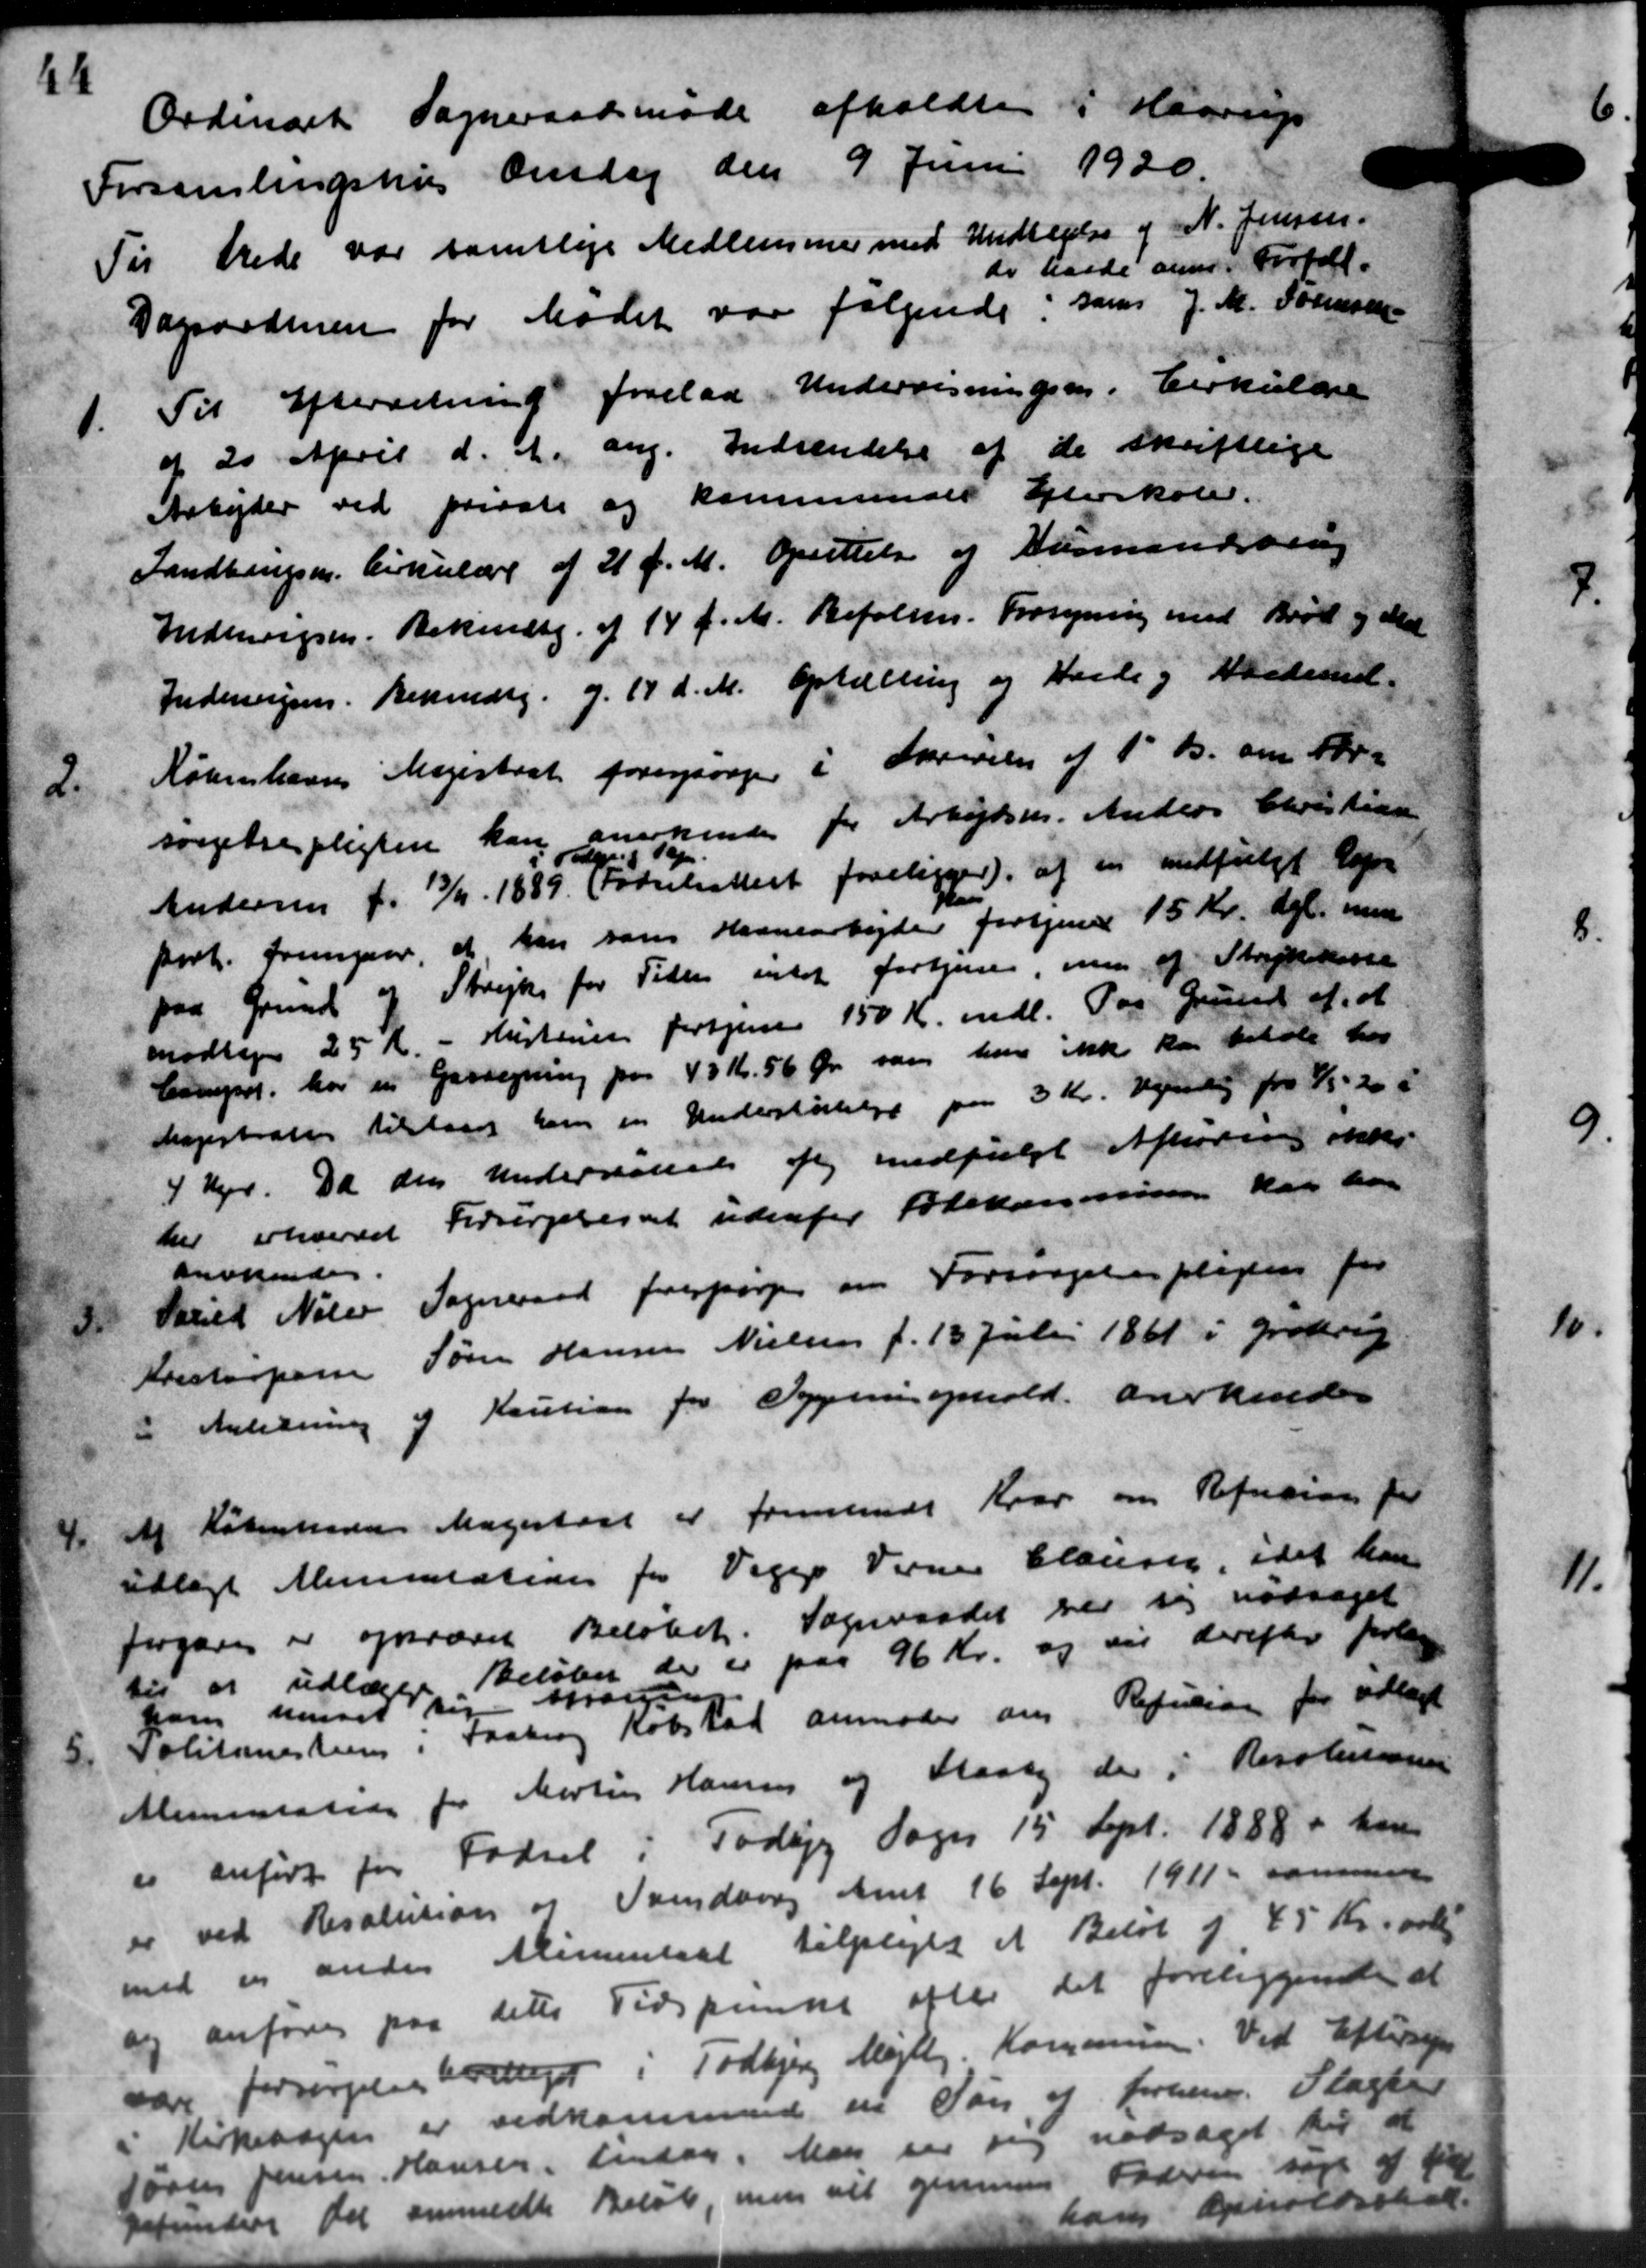
Transskription:
Ordinært Sogneraadsmøde afholdtes i Haarup
Forsamlingshus Onsdag den 9 Juni 1920.
Til Stede var samtlige Medlemmer med Undtagelse af N. Jensen.
do havde anm. Forfald.
Dagsordenen for Mødet var følgende i samt J. M. Sørensen
1.
Til Efterretning forelaa Undervisningsen. Cirkulære
af 20 April d. A. ang. Indsendelse af de skriftlige
Arbejder ved private og kommunale Efterskole.
Landbrugsm. Cirkulære af 21 f. M. Oprettelse og Formandsvang
Indenongsen. Bekendtg. af 14 f. M. Befolk. Forsyning med Brød og Med
Indenrigsen. Bekendtg. d. 17 d. M. Optælling og Hvede og Frederst.
2.
Københavns Magistrat forespørger i Skrivelse af 1' ds. om For-
sørgelsespligten kan anerkende for Arbejdsm. Anders Christensen
Andersen f. 13/1 1889. Fødselsattest foreligger) af en medfulgt Regn
port. fremgaar, at han som Maanearbejder fortjenes 15 Kr. Kgl. men
paa Grund af Strejke for Tiden intet fortjene, men af Statskasse
modtages 25 Kr. - Hustruen fortjenes 150 Kr. mdl. Paa Grund af at
Camper, hos en Gasregning paa 43 Kr. 56 Øre som hun ikke kan betale har
Magistratser tilstaaet ham en Understøttelse paa 3 Kr. Venlig fra 1/1 - 20 i
4 Uger. Da den undervande sig medfulgt Afhøring ikker
her erhvervet Forsørgelsesret udenfor fødekommissine kan han
anvisende
3.
Strid Nele Sogneraad forespørger om Forsørgelsespligten for
Kristorpere Søren Hansen Nielsen f. 13 Juli 1861 i Grøttrup
: Anledning af Kaution for Syger ophold anerkendes
4
af Københavns Magistrat er fremsendt Kvar om Refusion for
udlagt Miniatation for Viggo Vernes Clausen, idet han
Jørgen er opkrævet Beløbet. Sogneraadet ver sig nødsaget
til at udlægge Beløber der er paa 96 Kr. og sig derefter forlag
hans huset til Mødesens
5
Politimesteen i Faakrog Købstad anmoder ans. Refusion for udlagt
Alimentation for Martin Hansen og Braaby der i Resolerne
er anført for Fødsel i Todbjer Sogn 15 Sept. 1888 - han
er ved Resolution og Svendborg Amt 16 Sept. 1911 - sammen
med en anden Alimentsat tilplejet et Beløb af 45 Kr. over
og anføres paa dette Tidspunke efter det foreliggende at
vare forsørgelsesberiget i Todbjerg Mejlby Kommunen. Ved Eftersyn
Kirkebogen er vedkommende en Søn af forhen. Slagter
Søren Jensen Hansen, Lindag. Man vil sig nedsaget til at
refundere Del anmeldte Beløb, men vil gennem Faderen søge af f
hans opholdsskat.